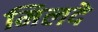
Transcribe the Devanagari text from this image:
मिलदे